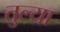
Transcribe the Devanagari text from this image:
तुल्या